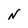
Character: N